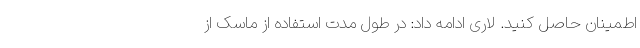
اطمینان حاصل کنید. لاری ادامه داد: در طول مدت استفاده از ماسک از